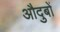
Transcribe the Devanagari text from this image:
औदुबों